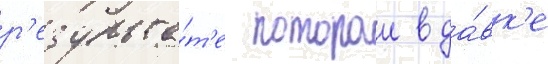
р'езульта́т'е которои в да́вк'е